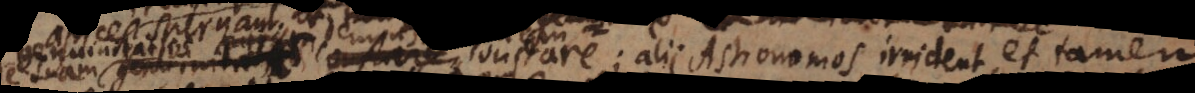
demonstrationem constare; alii Astronomos irrident, et tamen